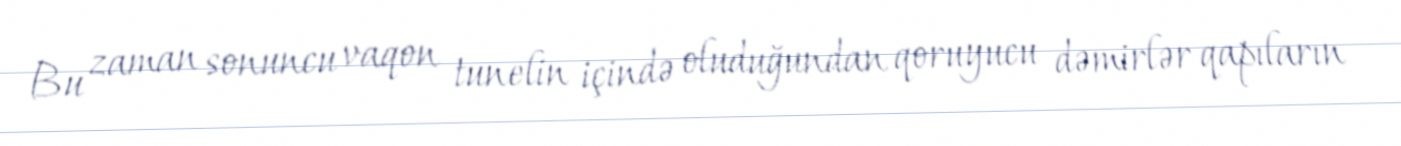
Bu zaman sonuncu vaqon tunelin içində oluduğundan qoruyucu dəmirlər qapıların